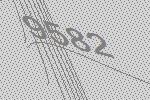
9582